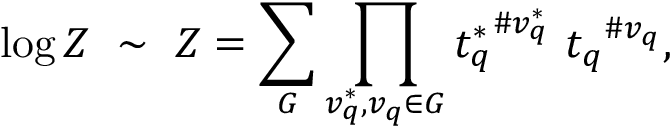
\log Z ~ \sim ~ { \cal Z } = \sum _ { G } \prod _ { v _ { q } ^ { * } , v _ { q } \in G } { t _ { q } ^ { * } } ^ { \# v _ { q } ^ { * } } \ { t _ { q } } ^ { \# v _ { q } } ,